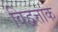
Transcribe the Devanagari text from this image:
विद्वत्ताक